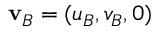
\mathbf { v } _ { B } = ( u _ { B } , v _ { B } , 0 )